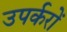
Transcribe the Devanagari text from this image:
उपर्करों